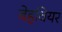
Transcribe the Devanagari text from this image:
बेहवियर